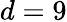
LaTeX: d=9